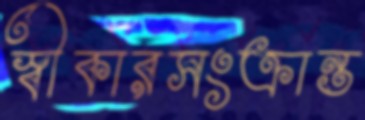
স্বীকারসংক্রান্ত